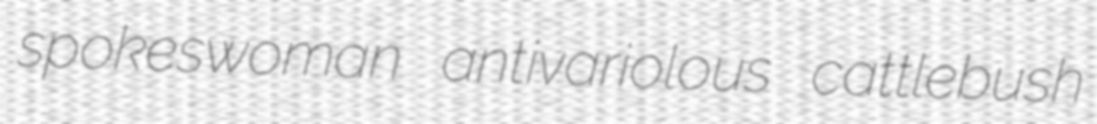
spokeswoman antivariolous cattlebush